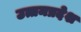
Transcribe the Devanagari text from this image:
उत्तमप्रदेश